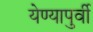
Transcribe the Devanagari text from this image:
येण्यापुर्वी